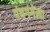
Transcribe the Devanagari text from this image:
पंचगंगेला